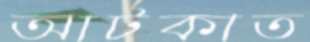
আটকাত